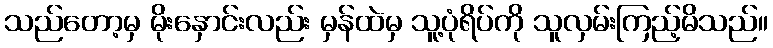
သည်တော့မှ မိုးနှောင်းလည်း မှန်ထဲမှ သူ့ပုံရိပ်ကို သူလှမ်းကြည့်မိသည်။